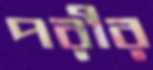
পরীর